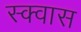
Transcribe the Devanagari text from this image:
स्क्वास